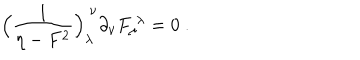
LaTeX: \Bigl ( { \frac { 1 } { \eta - F ^ { 2 } } } \Bigr ) _ { \lambda } ^ { \ \nu } \partial _ { \nu } F _ { \mu } ^ { \ \lambda } = 0 \ .